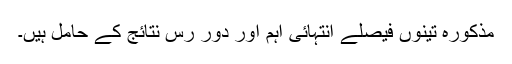
مذکورہ تینوں فیصلے انتہائی اہم اور دور رس نتائج کے حامل ہیں۔